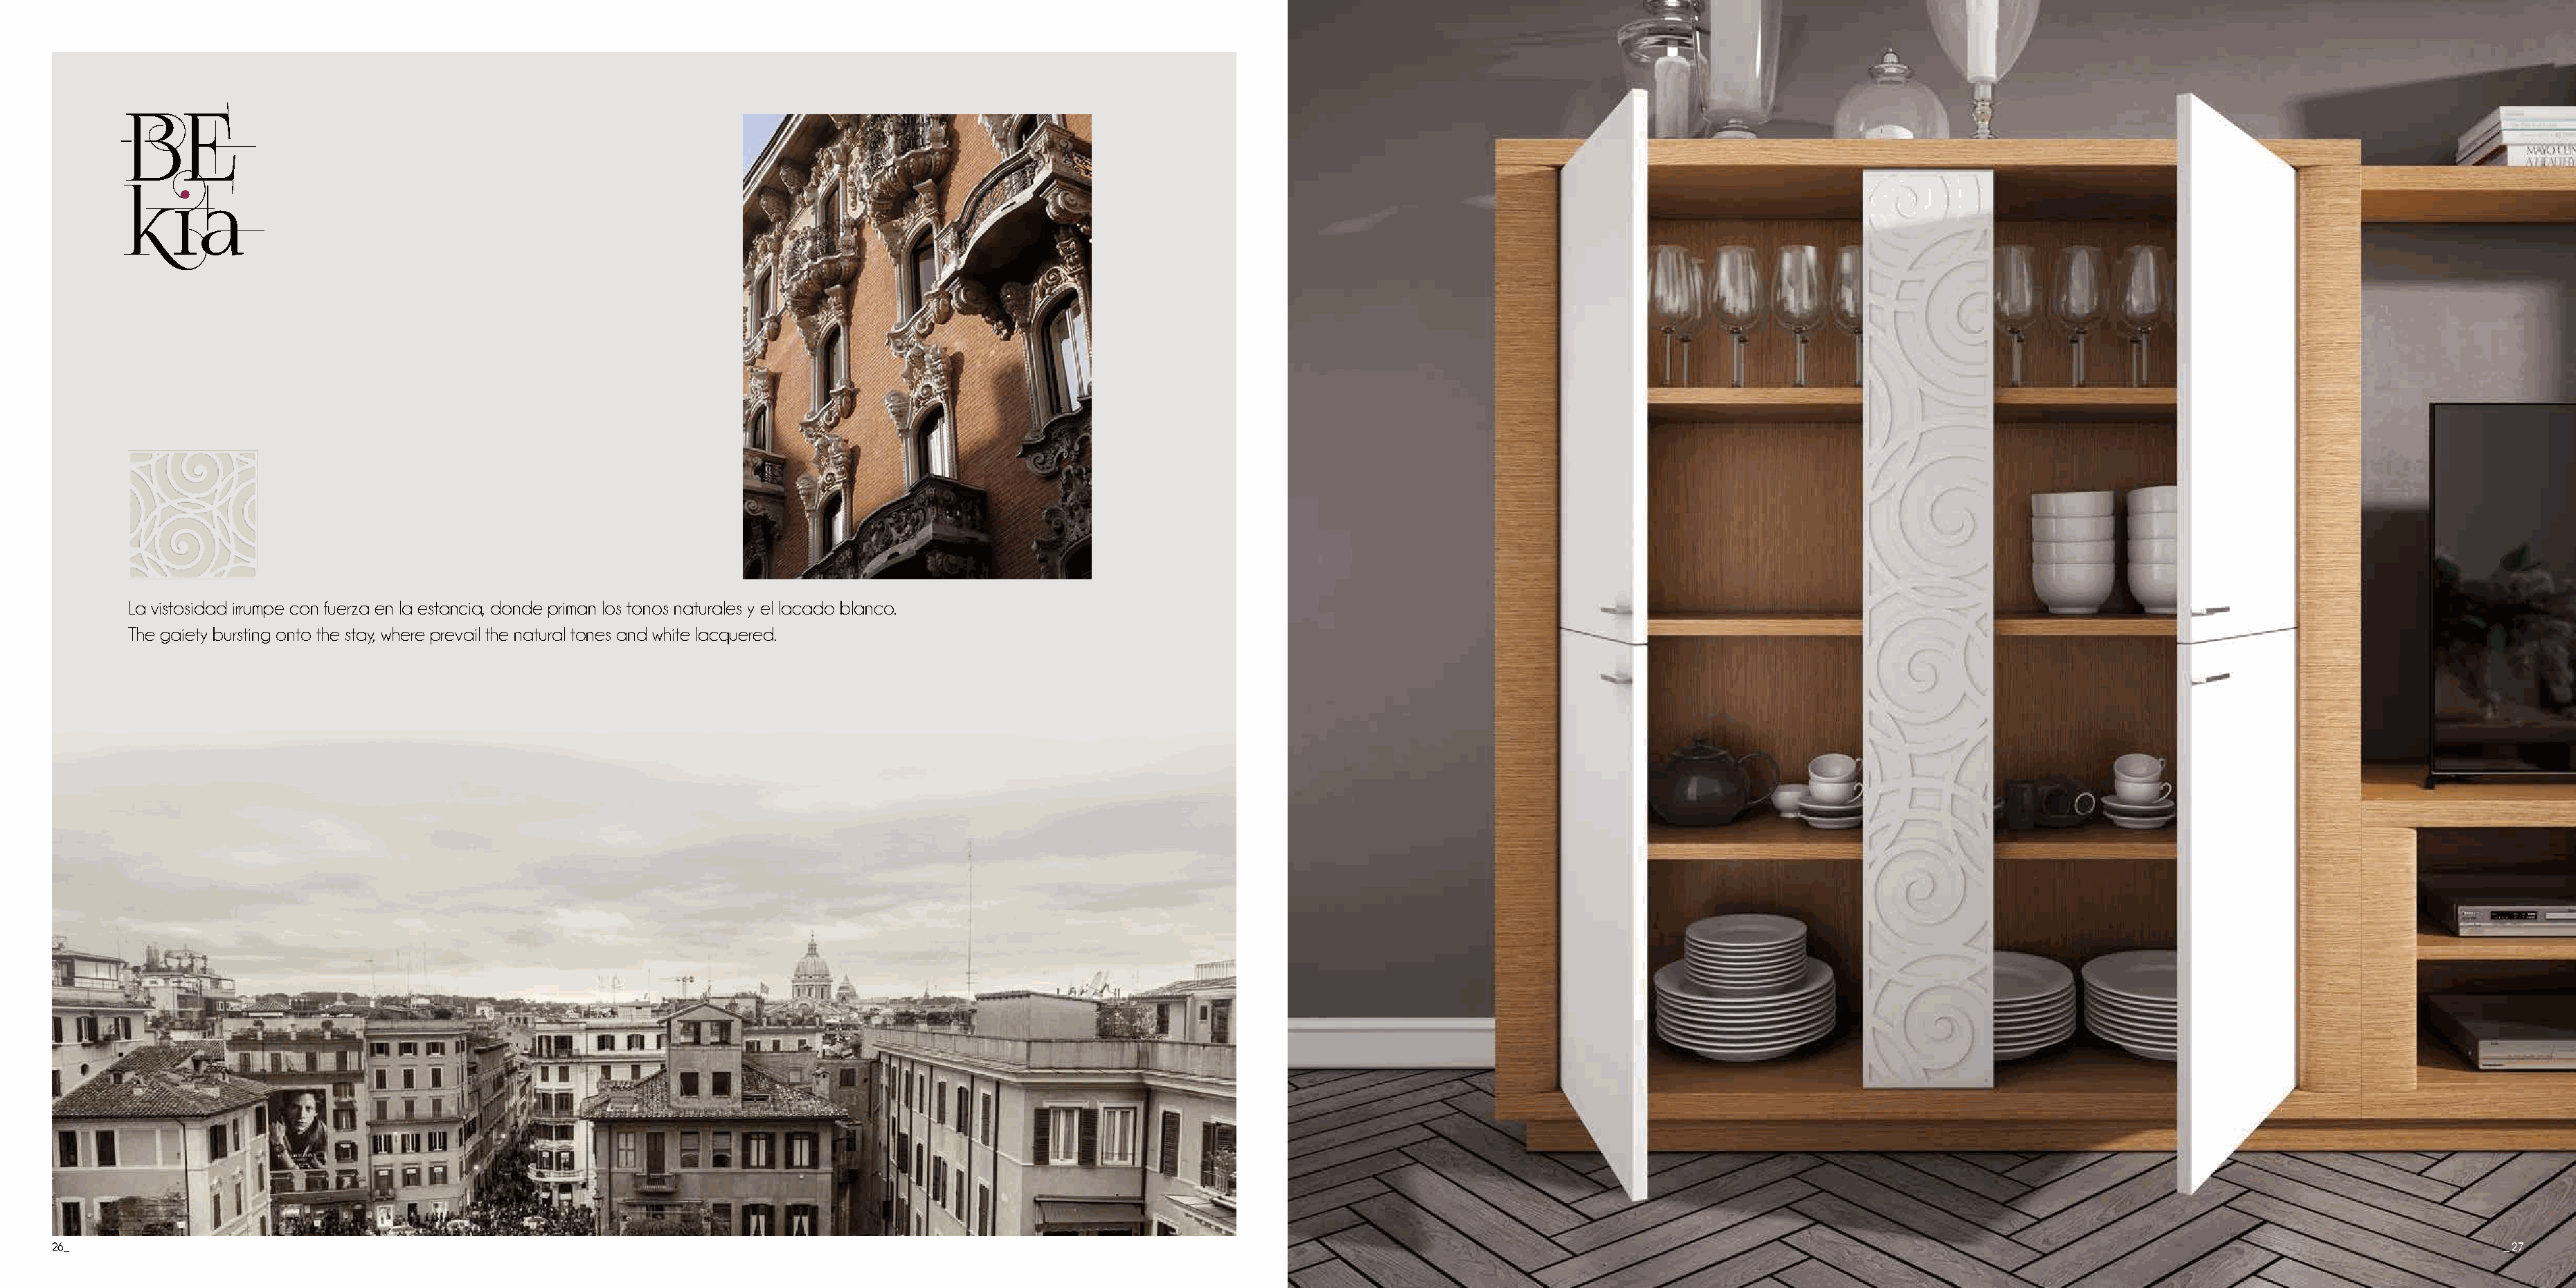
La vistosidad irrumpe con fuerza en la estancia, donde priman los tonos naturales y el lacado blanco.
 The gaiety bursting onto the stay, where prevail the natural tones and white lacquered.
 26_                                                                                                                                                                                                                                       _ 27